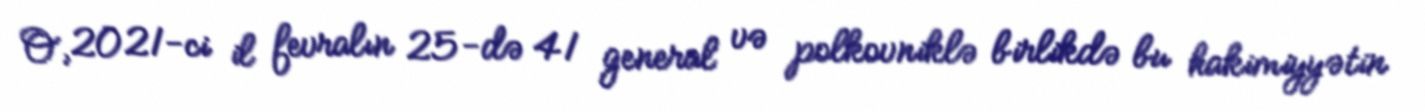
O, 2021-ci il fevralın 25-də 41 general və polkovniklə birlikdə bu hakimiyyətin